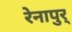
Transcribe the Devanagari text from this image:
रेनापुर्